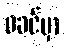
ဖခင်မှာ